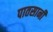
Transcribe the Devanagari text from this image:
पातसानी